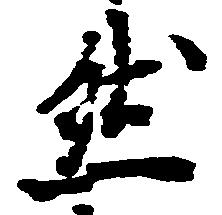
然